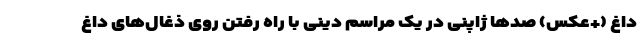
داغ (+عکس) صد‌ها ژاپنی در یک مراسم دینی با راه رفتن روی ذغال‌های داغ